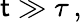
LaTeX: \mathsf{t}\gg\tau\, ,